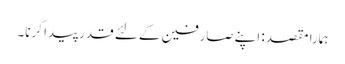
ہمارا مقصد: اپنے صارفین کے لئے قدر پیدا کرنا۔